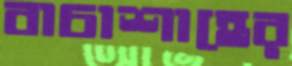
বাচাশাহের